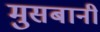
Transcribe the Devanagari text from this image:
मुसबानी